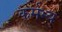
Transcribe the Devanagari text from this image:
कर्मभ्य